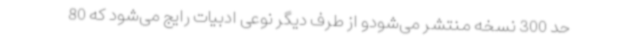
حد 300 نسخه منتشر می‌شودو از طرف دیگر نوعی ادبیات رایج می‌شود که 80